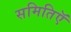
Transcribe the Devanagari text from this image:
समितिऍ